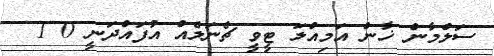
ސަލްމާން ޚާން އަމިއްލަ ޓީވީ ޗެނަލެއް އުފައްދަނީ 0 1